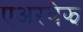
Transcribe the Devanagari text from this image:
एअरवेझ